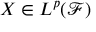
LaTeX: X \in L ^ { p } ( { \mathcal { F } } )